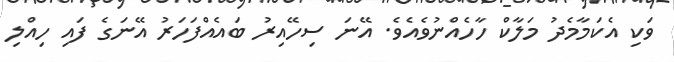
ވަކި އެކަމާމެދު މަލާކް ހާހެއްނުވެއެވެ. އޭނަ ސިހޭއިރު ބައެއްފަހަރު އޭނަގެ ފައި ހިއްލި